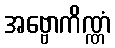
အဗ္ဗောကိဏ္ဏံ